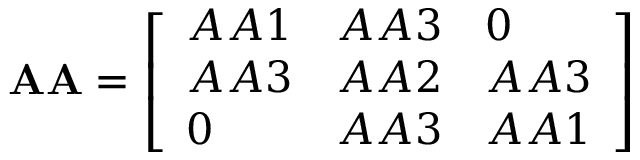
\mathbf { A A } = { \left[ \begin{array} { l l l } { A A 1 } & { A A 3 } & { 0 } \\ { A A 3 } & { A A 2 } & { A A 3 } \\ { 0 } & { A A 3 } & { A A 1 } \end{array} \right] }